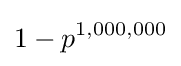
1-p^{1,000,000}